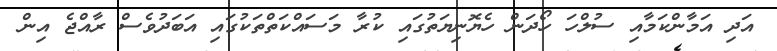
އަދި އަމާންކަމާއި ސުލްހަ ހޯދަން ހެޔޮނިޔަތުގައި ކުރާ މަސައްކަތްތަކުގައި އަބަދުވެސް ރާއްޖެ އިން